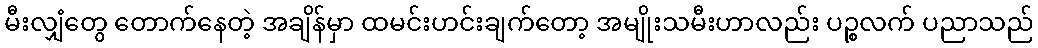
မီးလျှံတွေ တောက်နေတဲ့ အချိန်မှာ ထမင်းဟင်းချက်တော့ အမျိုးသမီးဟာလည်း ပဉ္စလက် ပညာသည်